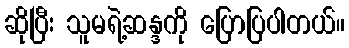
ဆိုပြီး သူမရဲ့ဆန္ဒကို ပြောပြပါတယ်။